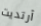
أرتديت